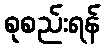
စုစည်းရန်